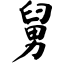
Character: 舅